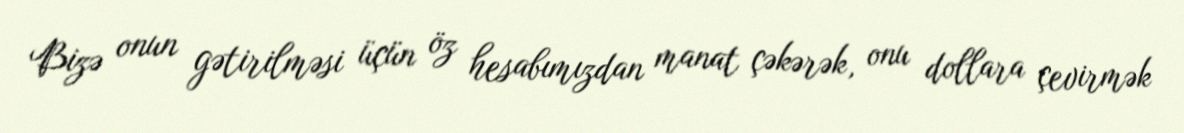
Bizə onun gətirilməsi üçün öz hesabımızdan manat çəkərək, onu dollara çevirmək